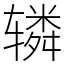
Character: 辚